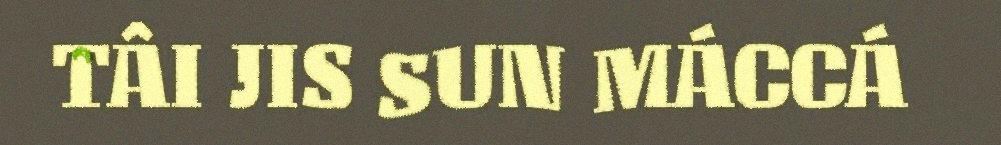
TÂI JIS SUN MÁCCÁ